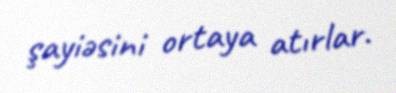
şayiəsini ortaya atırlar.